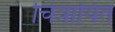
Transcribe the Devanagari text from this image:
चित्रायित